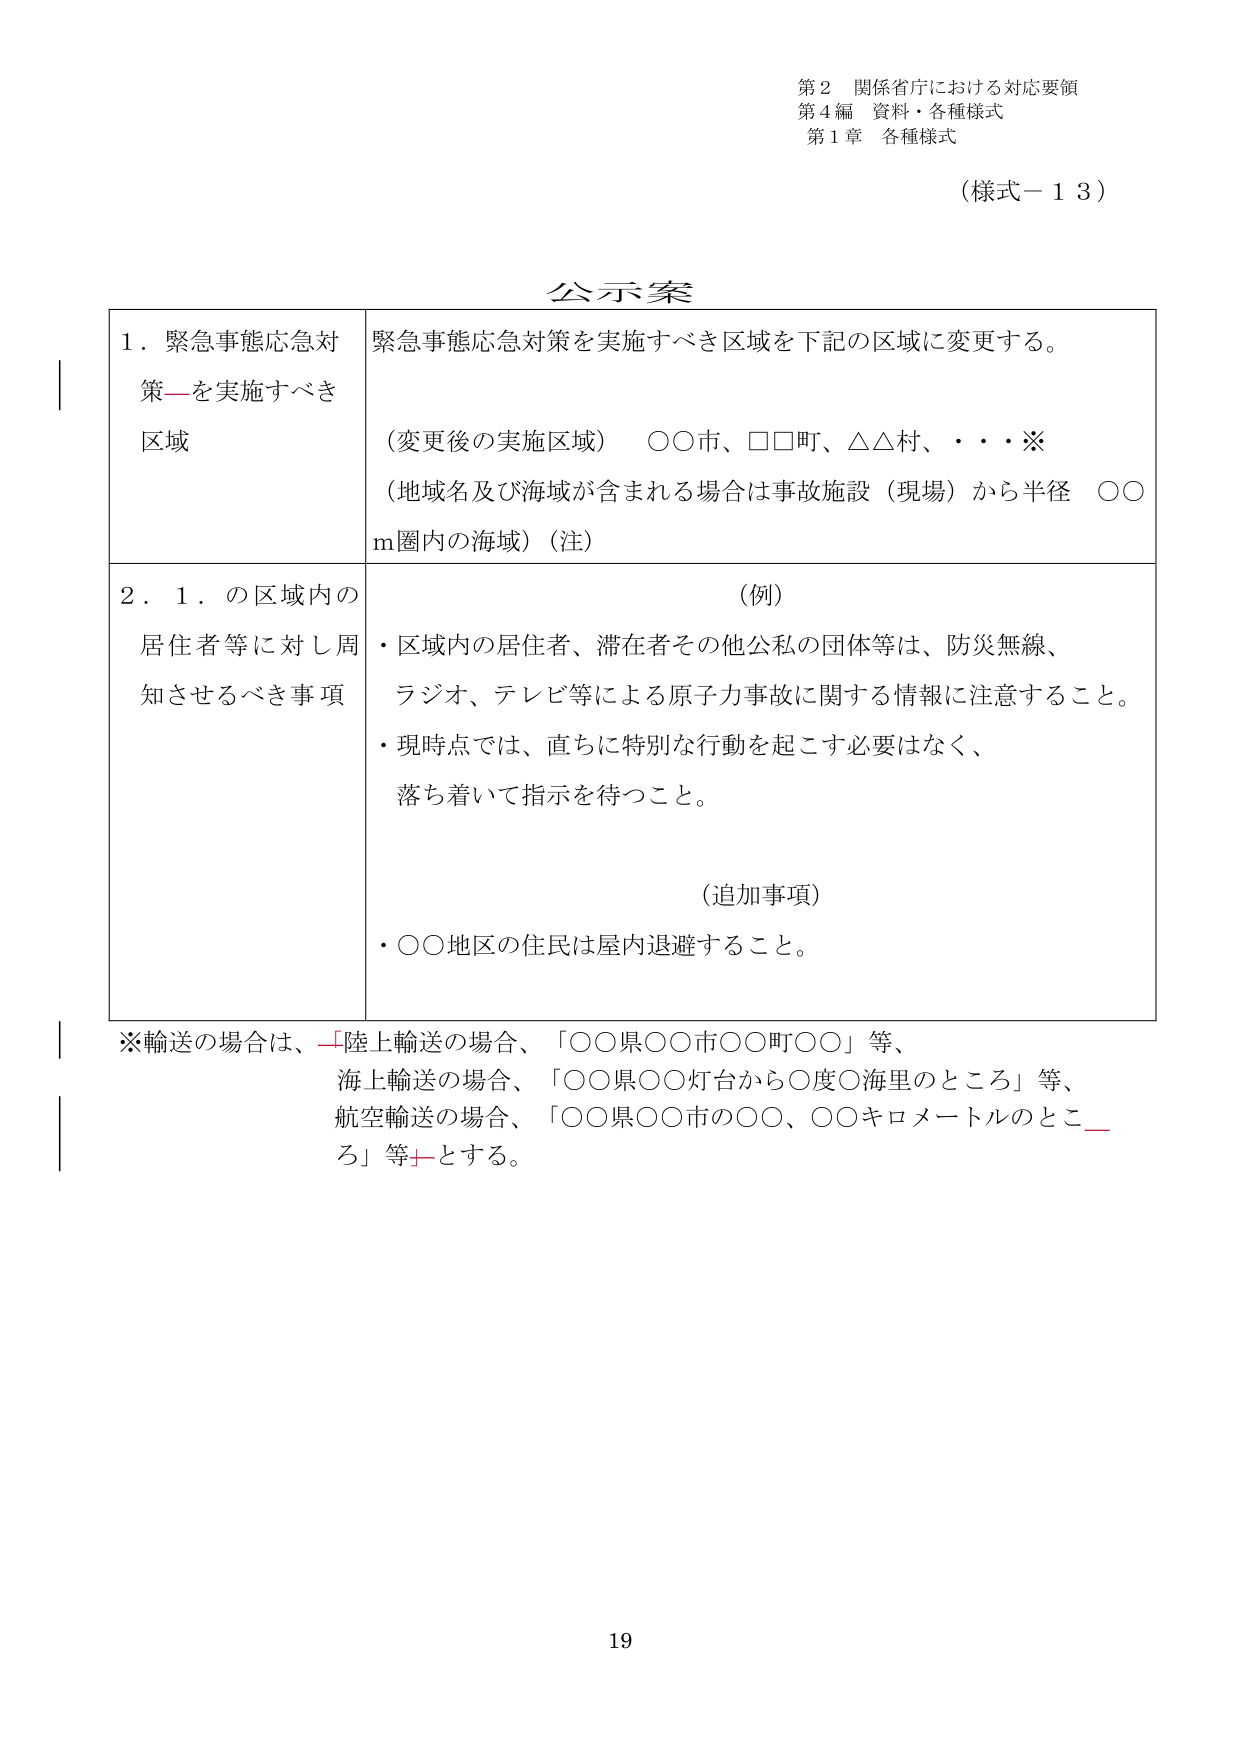
第２ 関係省庁における対応要領
第４編 資料・各種様式
第１章 各種様式

（様式－１３）

公示案

１．緊急事態応急対策を実施すべき区域
緊急事態応急対策を実施すべき区域を下記の区域に変更する。
（変更後の実施区域） ○○市、□□町、△△村、・・・※
（地域名及び海域が含まれる場合は事故施設（現場）から半径 ○○ｍ圏内の海域）（注）

２．１．の区域内の居住者等に対し周知させるべき事項
（例）
・区域内の居住者、滞在者その他公私の団体等は、防災無線、ラジオ、テレビ等による原子力事故に関する情報に注意すること。
・現時点では、直ちに特別な行動を起こす必要はなく、落ち着いて指示を待つこと。

（追加事項）
・○○地区の住民は屋内退避すること。

※輸送の場合は、「陸上輸送の場合、「○○県○○市○○町○○」等、
海上輸送の場合、「○○県○○灯台から○度○海里のところ」等、
航空輸送の場合、「○○県○○市の○○、○○キロメートルのところ」等とする。

19